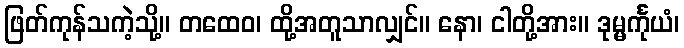
ဖြတ်ကုန်သကဲ့သို့။ တထေဝ၊ ထို့အတူသာလျှင်။ နော၊ ငါတို့အား။ ဒုမ္မင်္ကုယံ၊